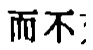
而不